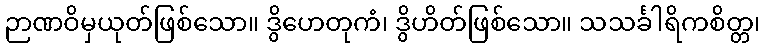
ဉာဏဝိမှယုတ်ဖြစ်သော။ ဒွိဟေတုကံ၊ ဒွိဟိတ်ဖြစ်သော။ သသင်္ခါရိကစိတ္တ၊